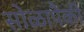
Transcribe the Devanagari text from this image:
सोळापैकी